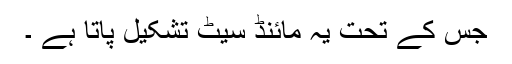
جس کے تحت یہ مائنڈ سیٹ تشکیل پاتا ہے ۔